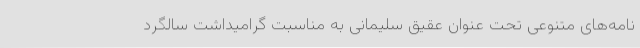
نامه‌های متنوعی تحت عنوان عقیق سلیمانی به مناسبت گرامیداشت سالگرد